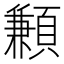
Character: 䫡